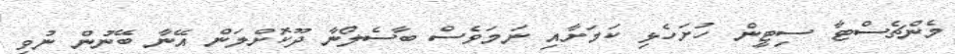
މެންޗެސްޓާ ސިޓީން ހުށަހެޅި ކަމަށާއި ނަމަވެސް ބާސެލޯނާ ދޫކޮށްލަން އޭނާ ބޭނުން ނުވި